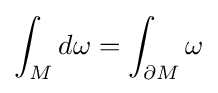
\int _{M}d\omega =\int _{\partial {M}}\omega